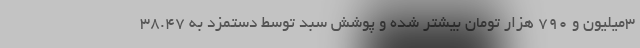
۳میلیون و ۷۹۰ هزار تومان بیشتر شده و پوشش سبد توسط دستمزد به ۳۸.۴۷